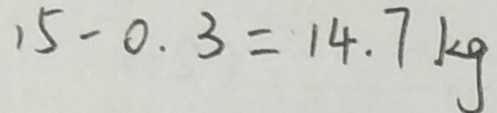
1 5 - 0 . 3 = 1 4 . 7 k g